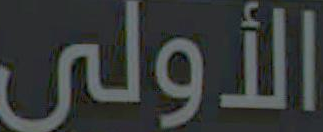
الأولى